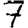
Digit: 7